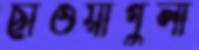
ছাওয়াগুলা